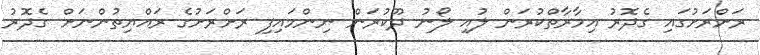
ރަށްރަށުގައި ގެދޮރު އިމާރާތްކުރަން ލުއި ލޯނު ދޫކުރަން ނިންމައިފި ރަށްރަށުގެ ރައްޔިތުންނަށް ގެދޮރު